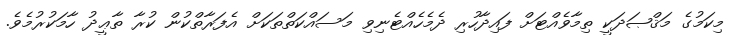
މިކަމުގެ މަޤްޞަދަކީ ތިމާވެއްޓަށް ފައިދާހުރި ދެމެހެއްޓެނިވި މަސައްކަތްތަކަށް އެފަރާތްކުން ކުރާ ތާޢީދު ހާމަކުރުމެވެ.